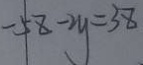
- 5 8 - 2 y = 3 8